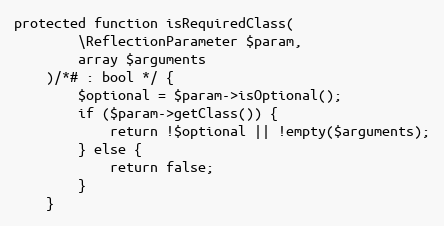
Language: PHP
protected function isRequiredClass(
        \ReflectionParameter $param,
        array $arguments
    )/*# : bool */ {
        $optional = $param->isOptional();
        if ($param->getClass()) {
            return !$optional || !empty($arguments);
        } else {
            return false;
        }
    }